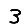
Digit: 3